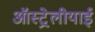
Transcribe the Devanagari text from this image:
ऑस्ट्रेलीयाई